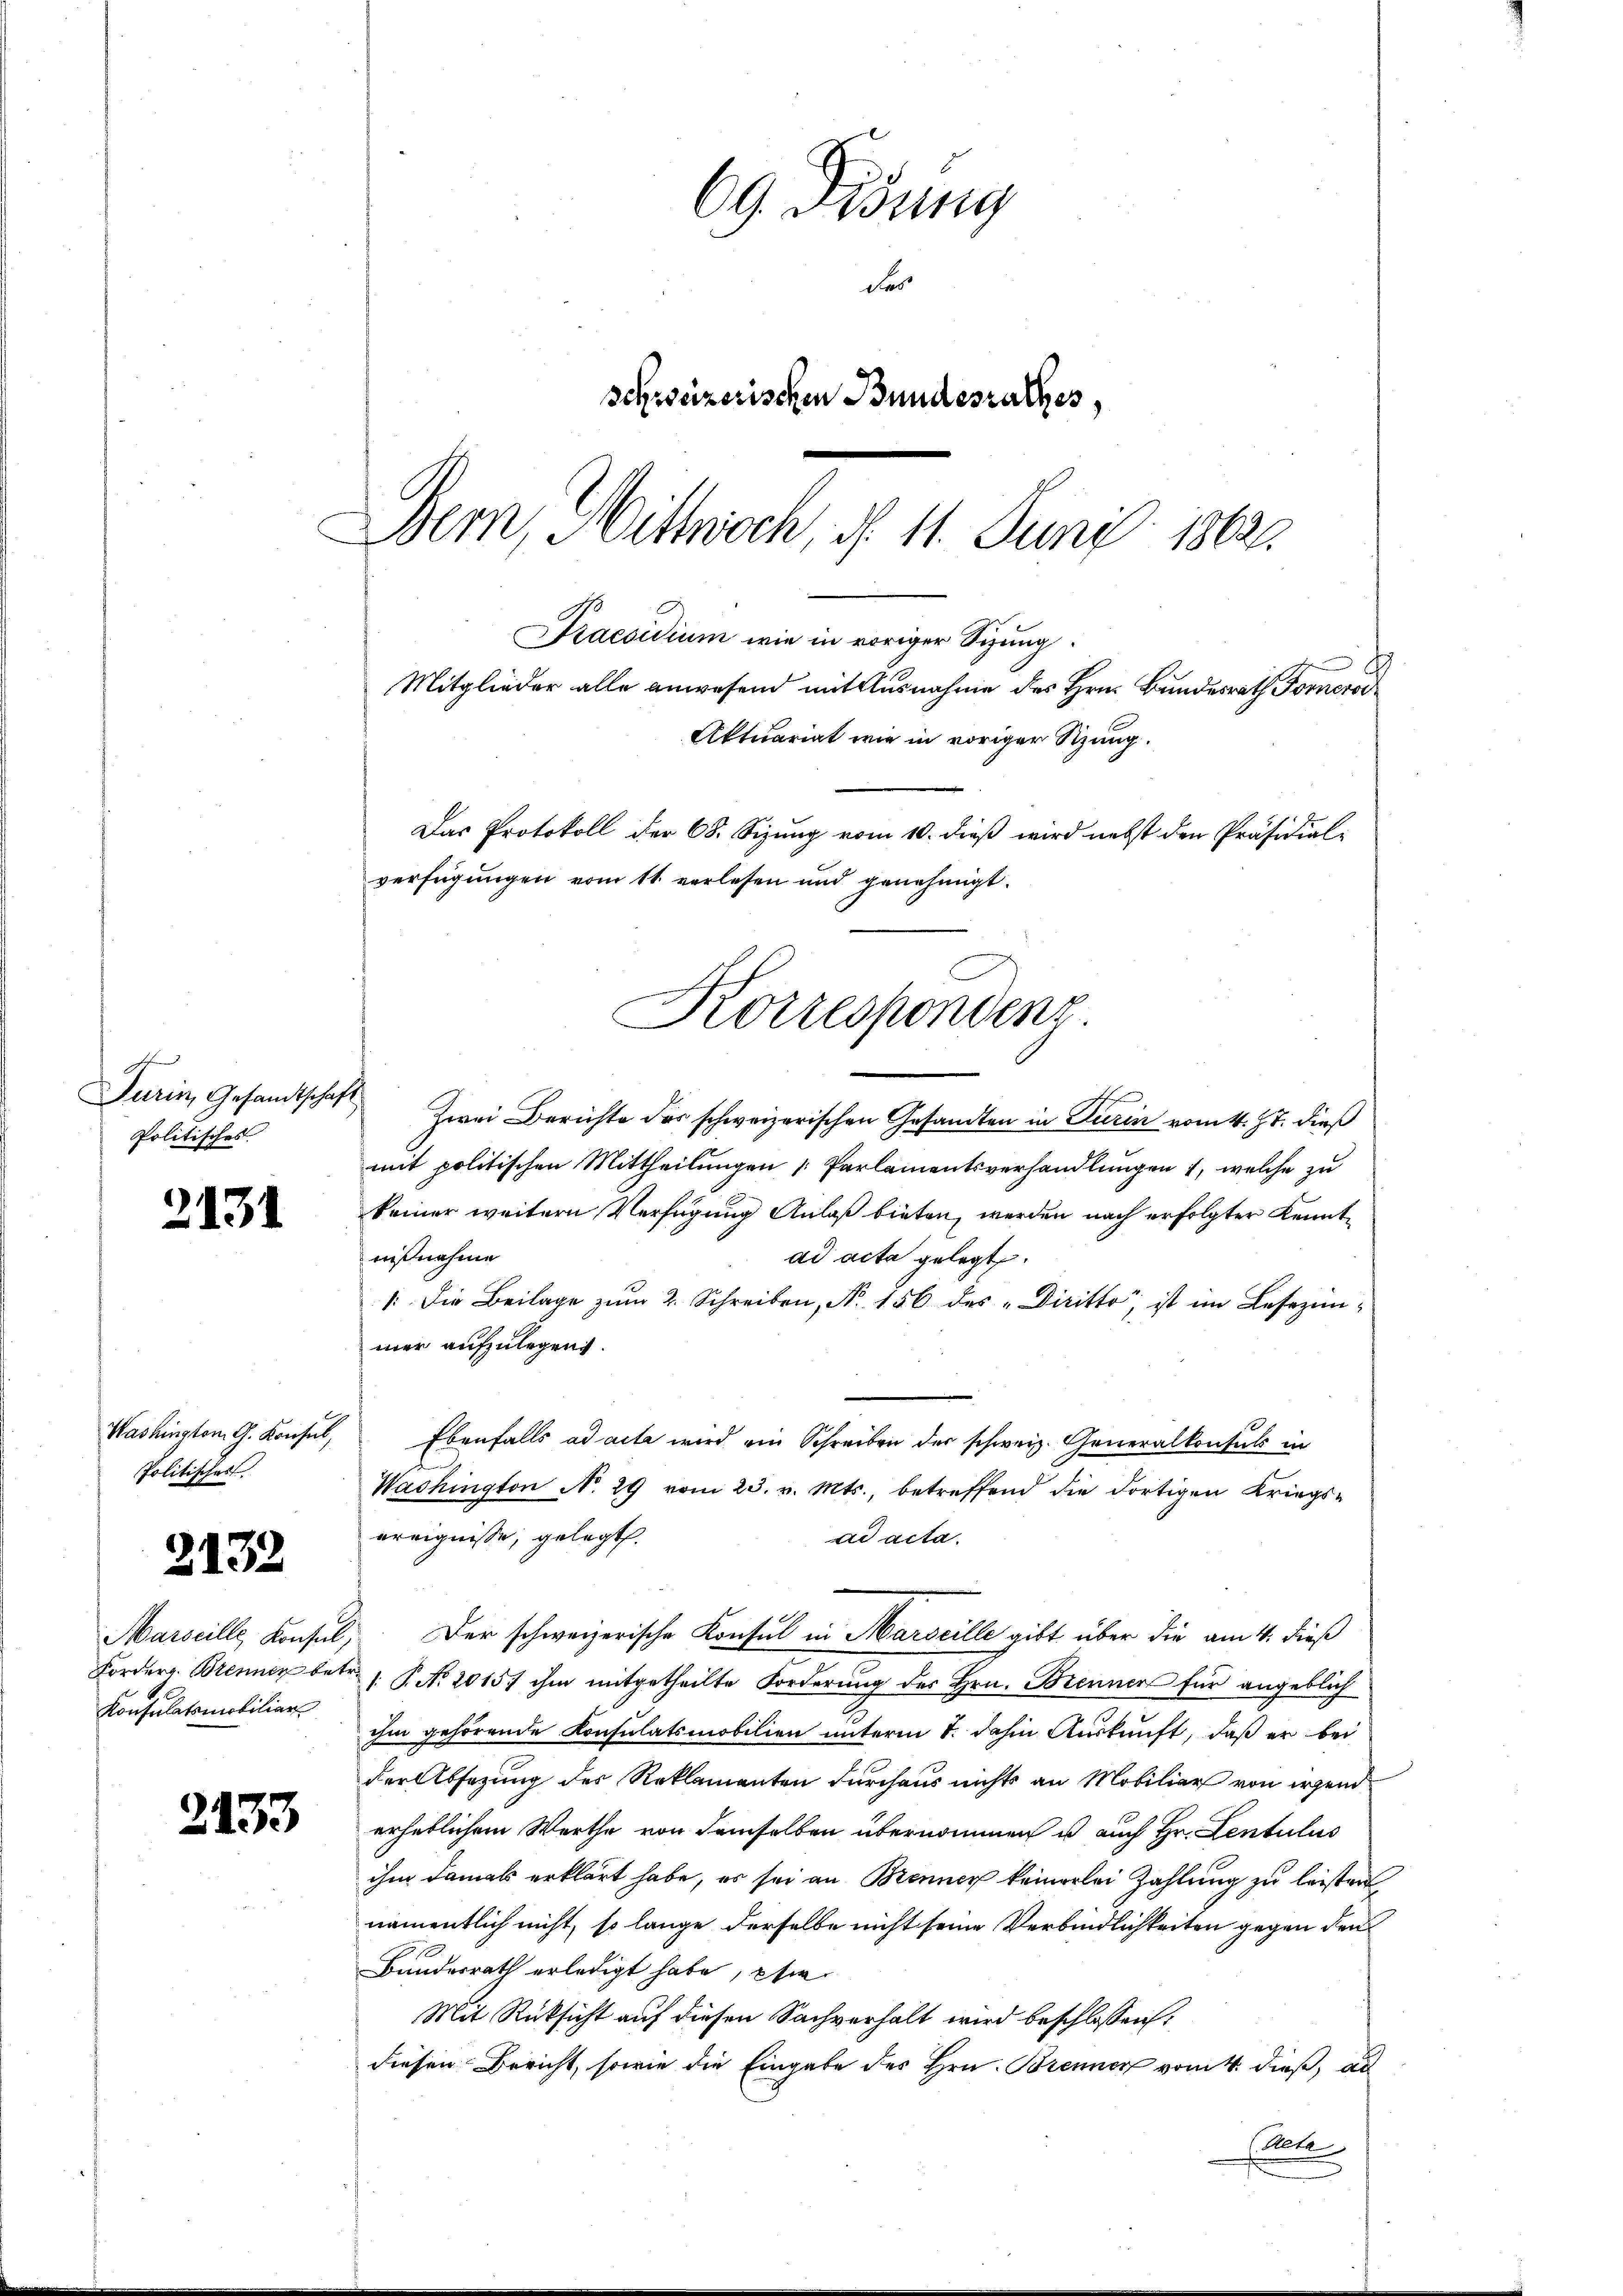
t
Turin, Gesandtschaft
Politisches

2131

Washington G. Konsul,
Politisches

5

132

Marseille, Konsul,
Fordern. Brenner betr.
Konsulatsmobiliar

2133

69 Didung
des
schweizerischen Bundesrathes,
Bern, Mittwoch, d. 11. Juni 1862.

Praesidium wie in voriger Sizung.
Mitglieder alle anwesend mit Ausnahme des Hrn. Bundesrath Fomerad
Aktuariat wie in voriger Sitzung.
Das Protokoll der 68. Sizung vom 10. dieß wird nebst den Präsidial-
verfügungen vom 11. verlesen und genehmigt.
Korrespondenz.

|
Zwei Berichte des schweizerischen Gesandten in Turin vom 4. Zt. dieß
mit politischen Mittheilungen Parlamentsverhandlungen 1, welche zu
keiner weitern Verfügung Anlaß bieten, werden nach erfolgter Kenntnißnahme
ad acta gelegt.
1. Die Beilage zum 2. Schreiben, No. 156 des „Diritto; ist im Lesezimmer aufzulegen.
Ebenfalls ad acta wird ein Schreiben der schweiz. Generalkonsuls in
Washington No. 29 vom 23. v. Mts., betreffend die dortigen Kriegs-
ereignisse, gelegt.
ad acta.
Der schweizerische Konsul in Marseille gibt über die am 4. dieß
/. P. Nr. 20157 ihm mitgetheilte Forderung des Hrn. Brenner für angeblich
ihm gehörende Konsulatsmobilien unterm 1. dahin Auskunft, daß er bei
der Absazung der Reklamanten durchaus nichts an Mobiliar von irgend
erheblichem Werthe von demselben übernommen u auch Hr. Lentulus
ihm damals erklärt habe, es sei an Brenner keinerlei Zahlung zu leisten,
namentlich nicht, so lange derselbe nicht seine Verbindlichkeiten gegen den
Bundesrath erledigt habe, sie
Mit Rücksicht auf diesen Sachverhalt wird beschlossen:
diesen Bericht, sowie die Eingabe des Hrn. Brenner vom 4. dieß, al
h